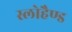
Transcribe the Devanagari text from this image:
स्लोहैण्ड